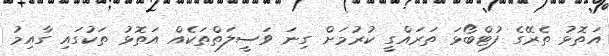
އަތޮޅު ތެރޭގެ ފުޓްބޯޅަ ތަރައްގީ ކުރުމަށް ގިނަ ވަސީލަތްތަކެއް އަތޮޅު ތަކުގައި ގާއިމު